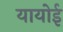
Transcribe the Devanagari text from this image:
यायोई